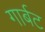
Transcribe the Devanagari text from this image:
गार्बट